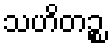
သဟိတဉ္စ